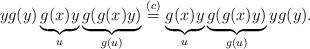
LaTeX: \begin{align*}y g(y) \underbrace{g(x) y}_{u} \underbrace{g(g(x) y)}_{g(u)} \stackrel{(c)}{=} \underbrace{g(x) y}_{u} \underbrace{g(g(x) y)}_{g(u)} y g(y).\end{align*}